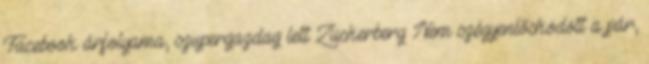
Facebook árfolyama, szupergazdag lett Zuckerberg Nem szégyenlősködött a pár,